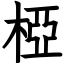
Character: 椏